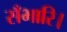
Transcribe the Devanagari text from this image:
सँभारि।